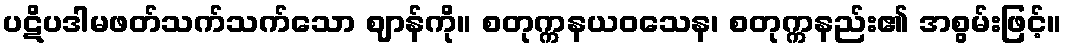
ပဋိပဒါမဖတ်သက်သက်သော ဈာန်ကို။ စတုက္ကနယဝသေန၊ စတုက္ကနည်း၏ အစွမ်းဖြင့်။